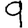
Digit: 9